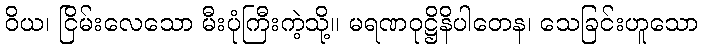
ဝိယ၊ ငြိမ်းလေသော မီးပုံကြီးကဲ့သို့။ မရဏဝုဋ္ဌိနိပါတေန၊ သေခြင်းဟူသော